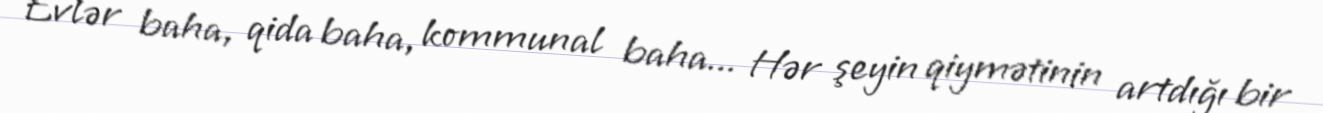
Evlər baha, qida baha, kommunal baha... Hər şeyin qiymətinin artdığı bir